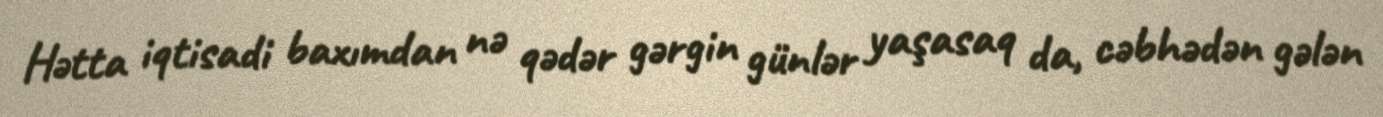
Hətta iqtisadi baxımdan nə qədər gərgin günlər yaşasaq da, cəbhədən gələn